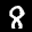
Label: 8